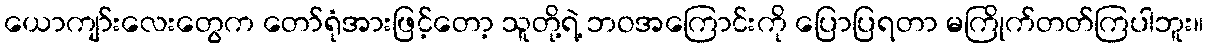
ယောကျာ်းလေးတွေက တော်ရုံအားဖြင့်တော့ သူတို့ရဲ့ ဘဝအကြောင်းကို ပြောပြရတာ မကြိုက်တတ်ကြပါဘူး။